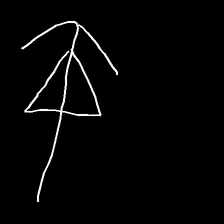
Glyph: pull